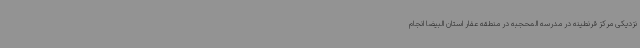
نزدیکی مرکز قرنطینه در مدرسه المحجبه در منطقه عفار استان البیضا انجام